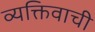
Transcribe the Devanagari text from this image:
व्यक्तिवाची